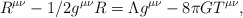
\begin{align*}R^{\mu \nu} - 1/2 g^{\mu \nu} R = \Lambda g^{\mu \nu} - 8 \pi G T^{\mu\nu},\end{align*}